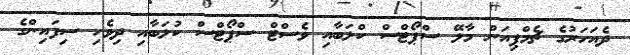
ދެއަހަރުގެ ޗެމްޕިއަން މާލޭ ސްޕޯޓްސް ކްލަބާއި ވެސްޓް ސްޕޯޓްސް ކުލަބާއި ދިވެހި ސިފައިންގެ